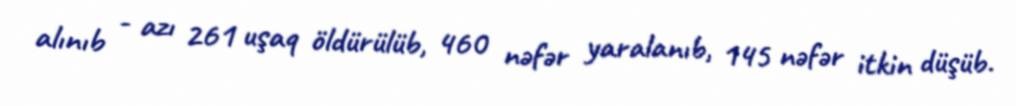
alınıb - azı 261 uşaq öldürülüb, 460 nəfər yaralanıb, 145 nəfər itkin düşüb.